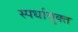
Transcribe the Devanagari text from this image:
स्पर्धायुक्त